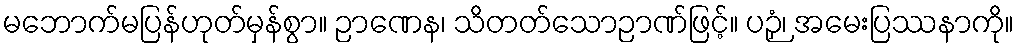
မဘောက်မပြန်ဟုတ်မှန်စွာ။ ဉာဏေန၊ သိတတ်သောဉာဏ်ဖြင့်။ ပဉှံ၊ အမေးပြဿနာကို။